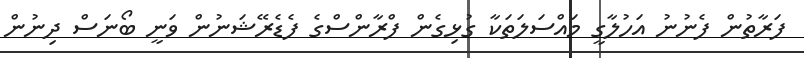
ފަރާތުން ފެނުނު އަހުލާގީ މައްސަލަތަކާ ގުޅިގެން ފްރާންސްގެ ފެޑެރޭޝަނުން ވަނީ ބޯނަސް ދިނުން